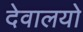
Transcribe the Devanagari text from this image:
देवालयो